Annual report on the Civil Veterinary Department, Burma (including the Insein Veterinary School) - 1923-1931
Year: 1923
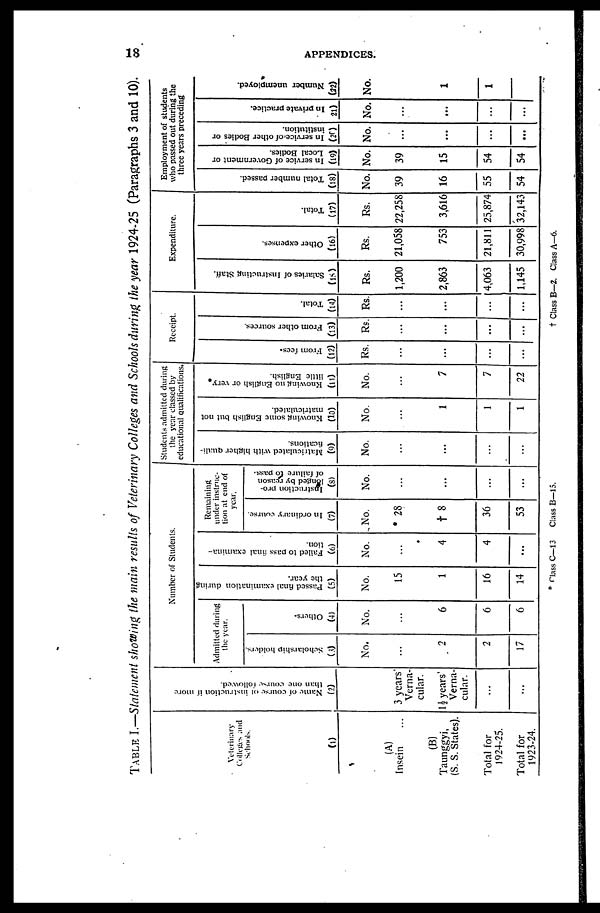
18
APPENDICES.
TABLE I.—Statement showing the main results of Veterinary Colleges and Schools during the year 1924-25 (Paragraphs 3 and 10).
Veterinary
Colleges and
Schools.
(1)
(A)
Insein ...
(B)
Taunggyi,
(S. S. States).
Total for
1924-25.
Total for
1923-24.
Name of course of instruction if more
than one course followed.
(2)
3 years
Verna-
cular.
1½ years
Verna-
cular.
...
...
Number of Students.
Admitted during
the year.
Scholarship holders.
(3)
No.
...
2
2
17
Others.
(4)
No.
...
6
6
6
Passed final examination during
the year.
(5)
No.
15
1
16
14
Failed to pass final examina-
tion.
(6)
No.
...
4
4
...
Remaining
under instruc-
tion at end of
year.
In ordinary course.
(7)
No.
28
† 8
36
53
Instruction pro-
longed by reason
of failure to pass.
(8)
No.
...
...
...
...
Students admitted during
the year classed by
educational qualifications.
Matriculated with higher quali-
fications.
(0)
No.
...
...
...
...
Knowing some English but not
matriculated.
(10)
No.
...
1
1
1
Knowing no English or very
little English.
(11)
No.
...
7
7
22
Receipt.
From fees.
(12)
Rs.
...
...
...
...
From other sources.
(13)
Rs.
...
...
...
...
Total.
(14)
Rs.
...
...
...
...
Expenditure.
Salaries of Instructing Staff.
(15)
Rs.
1,200
2,863
4,063
1,145
Other expenses.
(16)
Rs.
21,058
753
21,811
30,998
Total.
(17)
Rs.
22,258
3,616
25,874
32,143
Employment of students
who passed out during the
three years preceding
Total number passed.
(18)
No.
39
16
55
54
In service of Government or
Local Bodies.
(19)
No.
39
15
54
54
In service of other Bodies or
institution.
(20
No.
...
...
...
...
In private practice.
21)
No.
...
...
...
...
Number unemployed.
(32)
No.
1
1
* Class C-13 Class B—15.
† Class B-2. Class A-6.